Annual administration report of the Civil Veterinary Department, Ajmere-Merwara, British Rajputana - 1914-1940
Year: 1914
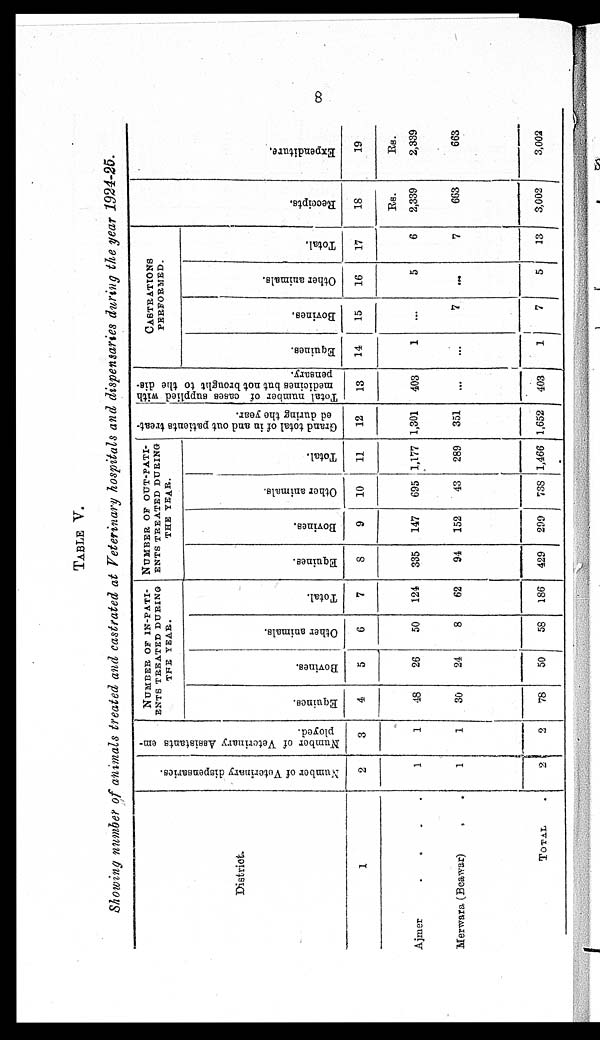
8
TABLE V.
Showing number of animals treated and castrated at Veterinary hospitals and dispensaries during the year 1924-25.
District.
1
Ajmer
.
.
.
.
Merwara (Beawar) . .
TOTAL .
Number
of Veterinary dispensaries.
2
1
1
2
Number
of Veterinary Assistants em-
ployed.
3
1
1
2
NUMBER OF IN-PATI-
ENTS TREATED DURING
THE YEAR.
Equines.
4
48
30
78
Bovines.
5
26
24
50
Other animals.
6
50
8
58
Total.
7
124
62
186
NUMBER
OF
OUT-PATI-
---- TREATED DURING
THE YEAR.
Equines.
8
335
94
429
Bovines.
9
147
152
209
Other animals.
10
695
43
738
Total.
11
1,177
289
1,466
Grand total of in and out patients treat-
ed during the year.
12
1,301
351
1,652
Total number of cases supplied with
medicines but not brought to the dis-
pensary.
13
403
...
403
CASTRATIONS
PERFORMED.
Equines.
14
1
...
1
Bovines.
15
...
7
7
Other animals.
16
5
...
5
Total.
17
6
7
13
Recei pt s .
18
Rs.
2,339
663
3,002
Expe ndi t
ur e .
19
Rs.
2,339
663
3,002